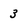
Character: 3